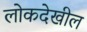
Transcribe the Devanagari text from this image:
लोकदेखील